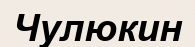
Чулюкин